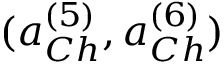
( a _ { C h } ^ { ( 5 ) } , a _ { C h } ^ { ( 6 ) } )